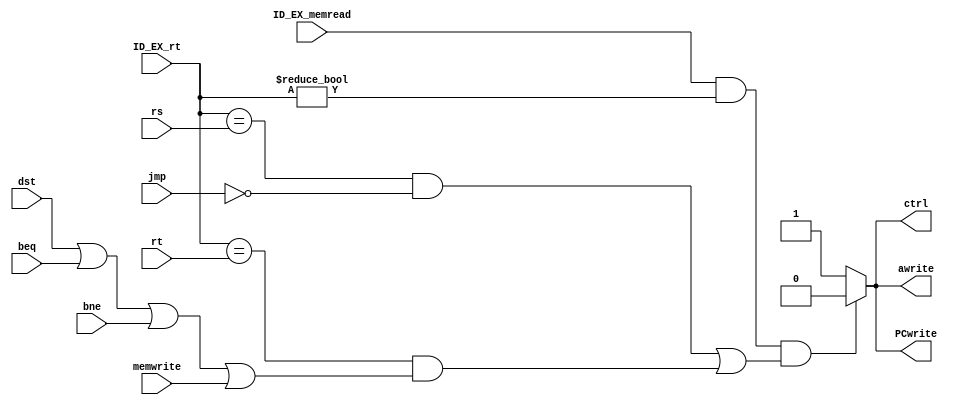
`timescale 1ns/1ns
module HZRD (
  output reg awrite, PCwrite, ctrl,
  input [4:0] ID_EX_rt, rs, rt,
  input ID_EX_memread, jmp, dst, memwrite, beq, bne
  );
  
  always@(*)begin
    if(ID_EX_memread & (ID_EX_rt != 5'b0) & (
      ( (ID_EX_rt == rs)&(~jmp) ) |
      ( (ID_EX_rt == rt)&(dst|beq|bne|memwrite) )     
    ))begin
      awrite = 1'b0;
      PCwrite = 1'b0;
      ctrl = 1'b0;
    end
    else begin
    awrite = 1'b1;
    PCwrite = 1'b1;
    ctrl = 1'b1;
    end
  end
endmodule